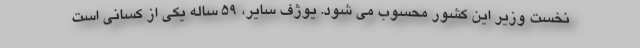
نخست وزیر این کشور محسوب می شود. یوژف سایر، ۵۹ ساله یکی از کسانی است